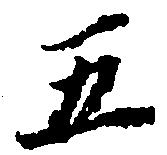
五